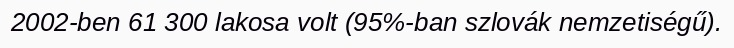
2002-ben 61 300 lakosa volt (95%-ban szlovák nemzetiségű).